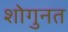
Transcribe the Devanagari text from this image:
शोगुनत